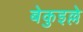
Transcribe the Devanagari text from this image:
बेकुइल्ले